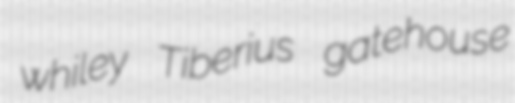
whiley Tiberius gatehouse